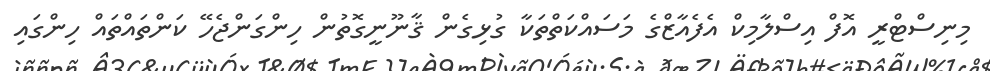
މިނިސްޓްރީ އޮފް އިސްލާމިކް އެފެއާޒްގެ މަސައްކަތްތަކާ ގުޅިގެން ޤާނޫނީގޮތުން ހިންގަންޖެހޭ ކަންތައްތައް ހިންގައި